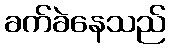
ခက်ခဲနေသည်